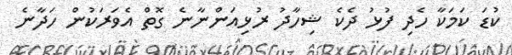
ކުޑަ ކަމަކާ ހެދި ފުޅު ދެކެ ޝިހާދު ރުޅިއަންނާނެ ގޮތް އެވަރަކުން ހަދާނެ